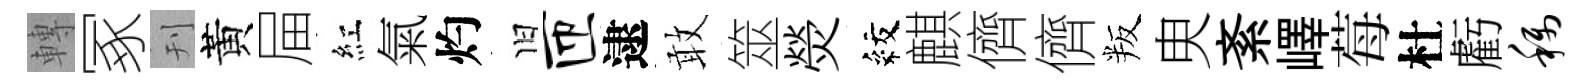
轉冢刊黃屇紅氣灼旧匝逮敢筮熒紋麒儕儕叛㬰紊嶧莓杜虧称